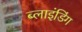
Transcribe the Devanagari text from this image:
ब्‍लाइंडिंग